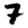
Digit: 7